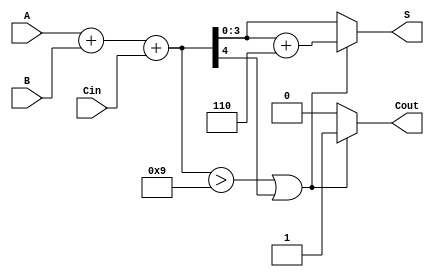
module BCD_Fast_Adder (
    input [3:0] A,      // First BCD digit
    input [3:0] B,      // Second BCD digit
    input Cin,          // Carry-in
    output reg [3:0] S, // BCD Sum output
    output reg Cout     // Carry-out
);

    wire [4:0] sum;     // 5-bit sum to accommodate carry
    wire correction;     // Correction flag

    // Step 1: Binary addition of A, B and Cin
    assign sum = A + B + Cin;

    // Step 2: Check for BCD correction
    assign correction = (sum > 9) || (sum[4] == 1);

    // Step 3: Correction logic
    always @(*) begin
        if (correction) begin
            S = sum + 5'd6; // Add 6 for correction
            Cout = 1;       // Set carry-out
        end else begin
            S = sum[3:0];   // No correction needed
            Cout = 0;       // No carry-out
        end
    end

endmodule